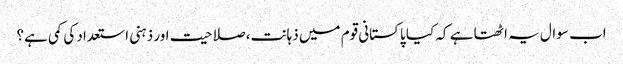
اب سوال یہ اٹھتا ہے کہ کیا پاکستانی قوم میں ذہانت، صلاحیت اور ذہنی استعداد کی کمی ہے؟